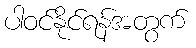
ပါဝင်နိုင်ရန်အတွက်